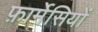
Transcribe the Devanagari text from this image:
फ़ार्मेसियों